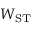
W _ { \mathrm { S T } }